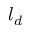
l _ { d }